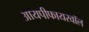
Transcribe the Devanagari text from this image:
आयपीफायरवॉल